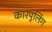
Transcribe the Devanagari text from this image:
कारपूलिंग